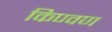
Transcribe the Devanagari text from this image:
किण्वण